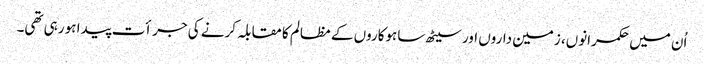
اُن میں حکمرانوں، زمین داروں اور سیٹھ ساہوکاروں کے مظالم کا مقابلہ کرنے کی جرأت پیدا ہو رہی تھی۔